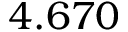
4 . 6 7 0